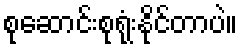
စုဆောင်းစုရုံးနိုင်တာပဲ။